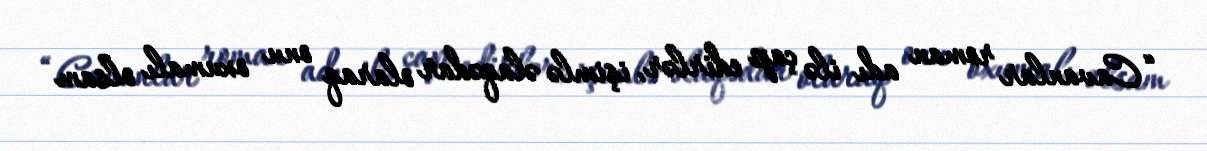
“Cavanlar roman adı ilə çap edirlər, işimlə əlaqədar olaraq onu oxumalı olsam